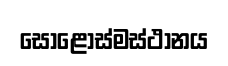
සොළොස්මස්ථානය